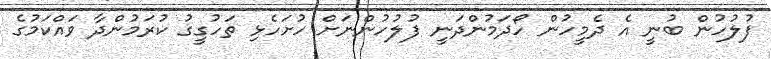
ފުލުހުން ބުނީ އެ ދެމީހުން ހޯދަމުންދަނީ ފުލުހުންނަށް ހުށަހެޅި ތަހުގީގު ކުރަމުންދާ ވައްކަމުގެ